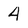
Character: 4